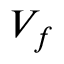
{ \cal { V } } _ { f }